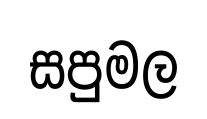
සපුමල